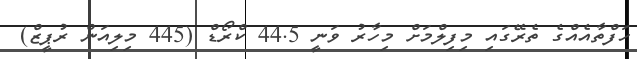
ހަފްތާއެއްގެ ތެރޭގައި މިފިލްމަށް މިހާރު ވަނީ 44.5 ކްރޯޑް (445 މިލިއަން ރުޕީޒް)